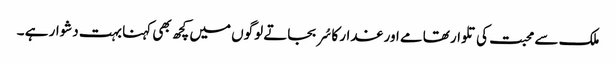
ملک سے محبت کی تلوار تھامے اور غدار کا سُر بجاتے لوگوں میں کچھ بھی کہنا بہت دشوار ہے ۔